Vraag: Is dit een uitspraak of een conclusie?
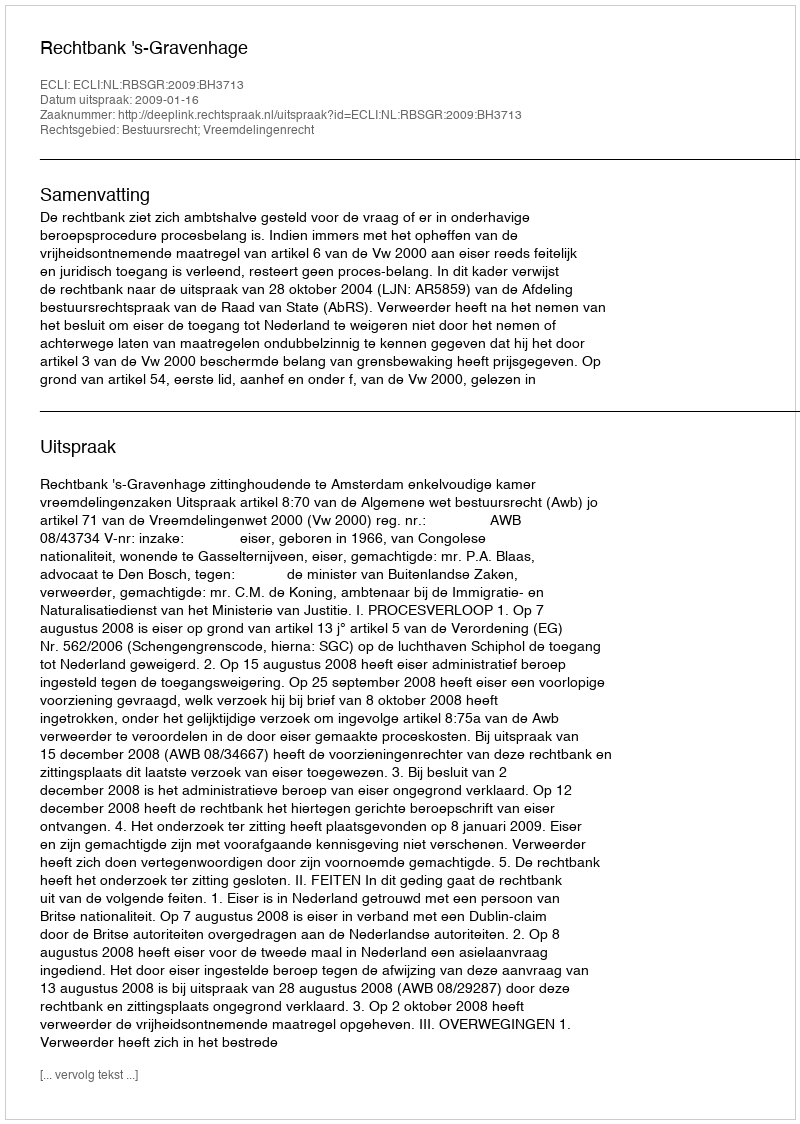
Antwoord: Uitspraak